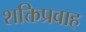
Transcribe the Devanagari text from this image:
शक्तिप्रवाह